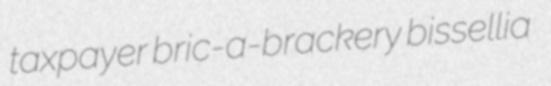
taxpayer bric-a-brackery bissellia